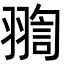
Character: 𦑟